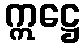
ဣဋ္ဌေ